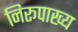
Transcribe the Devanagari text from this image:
निरूपाख्य